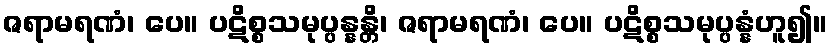
ဇရာမရဏံ၊ ပေ။ ပဋိစ္စသမုပ္ပန္နန္တိ၊ ဇရာမရဏံ၊ ပေ။ ပဋိစ္စသမုပ္ပန္နံဟူ၍။